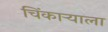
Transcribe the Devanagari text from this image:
चिंकाऱ्याला